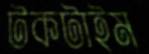
টকটাইম